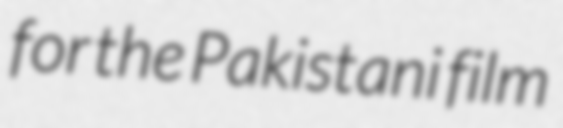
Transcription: for the Pakistani film